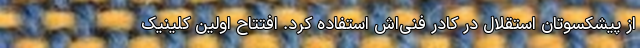
از پیشکسوتان استقلال در کادر فنی‌اش استفاده کرد. افتتاح اولین کلینیک